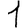
Digit: 1